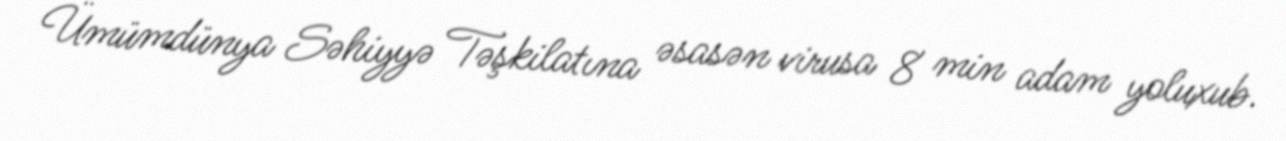
Ümümdünya Səhiyyə Təşkilatına əsasən virusa 8 min adam yoluxub.